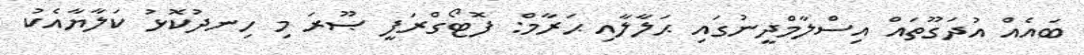
ބައެއް އުދަގޫތައް އިސްލާމްދީނުގައި ޙަލާލާއި ޙަރާމް: ފޮޓޯގްރަފީ ޞޫރަ މި ހިނދުކޮޅު ކަލާޔާއެކު